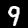
Label: 9